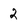
Character: 2